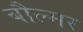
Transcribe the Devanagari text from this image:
बौल्मर